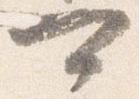
可